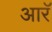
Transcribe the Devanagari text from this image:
आरॅ